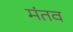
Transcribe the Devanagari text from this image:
मंतव